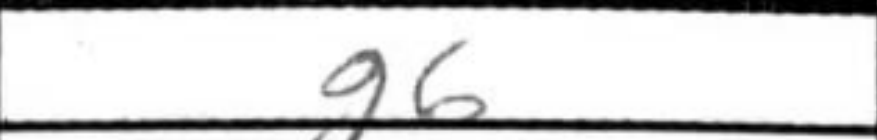
Transcription: g6